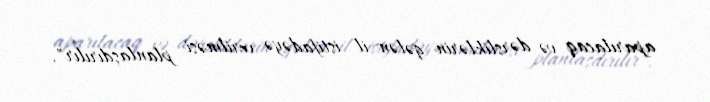
aparılacaq və dərsliklərin gələn il istifadəyə verilməsi planlaşdırılır".